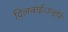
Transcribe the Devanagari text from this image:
दिलवाई।उन्होंने